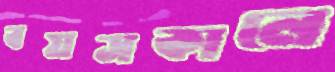
বয়সকালে